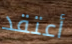
أعتقد